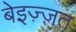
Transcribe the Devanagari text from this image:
बेइज़्ज़त